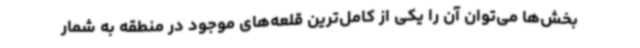
بخش‌ها می‌توان آن را یکی از کامل‌ترین قلعه‌های موجود در منطقه به شمار